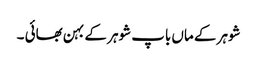
شوہر کے ماں باپ شوہر کے بہن بھائی ۔